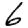
Digit: 6